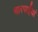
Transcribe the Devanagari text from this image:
चारपाईयां